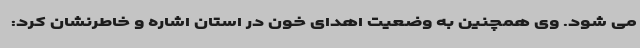
می شود. وی همچنین به وضعیت اهدای خون در استان اشاره و خاطرنشان کرد: